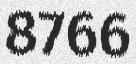
8766